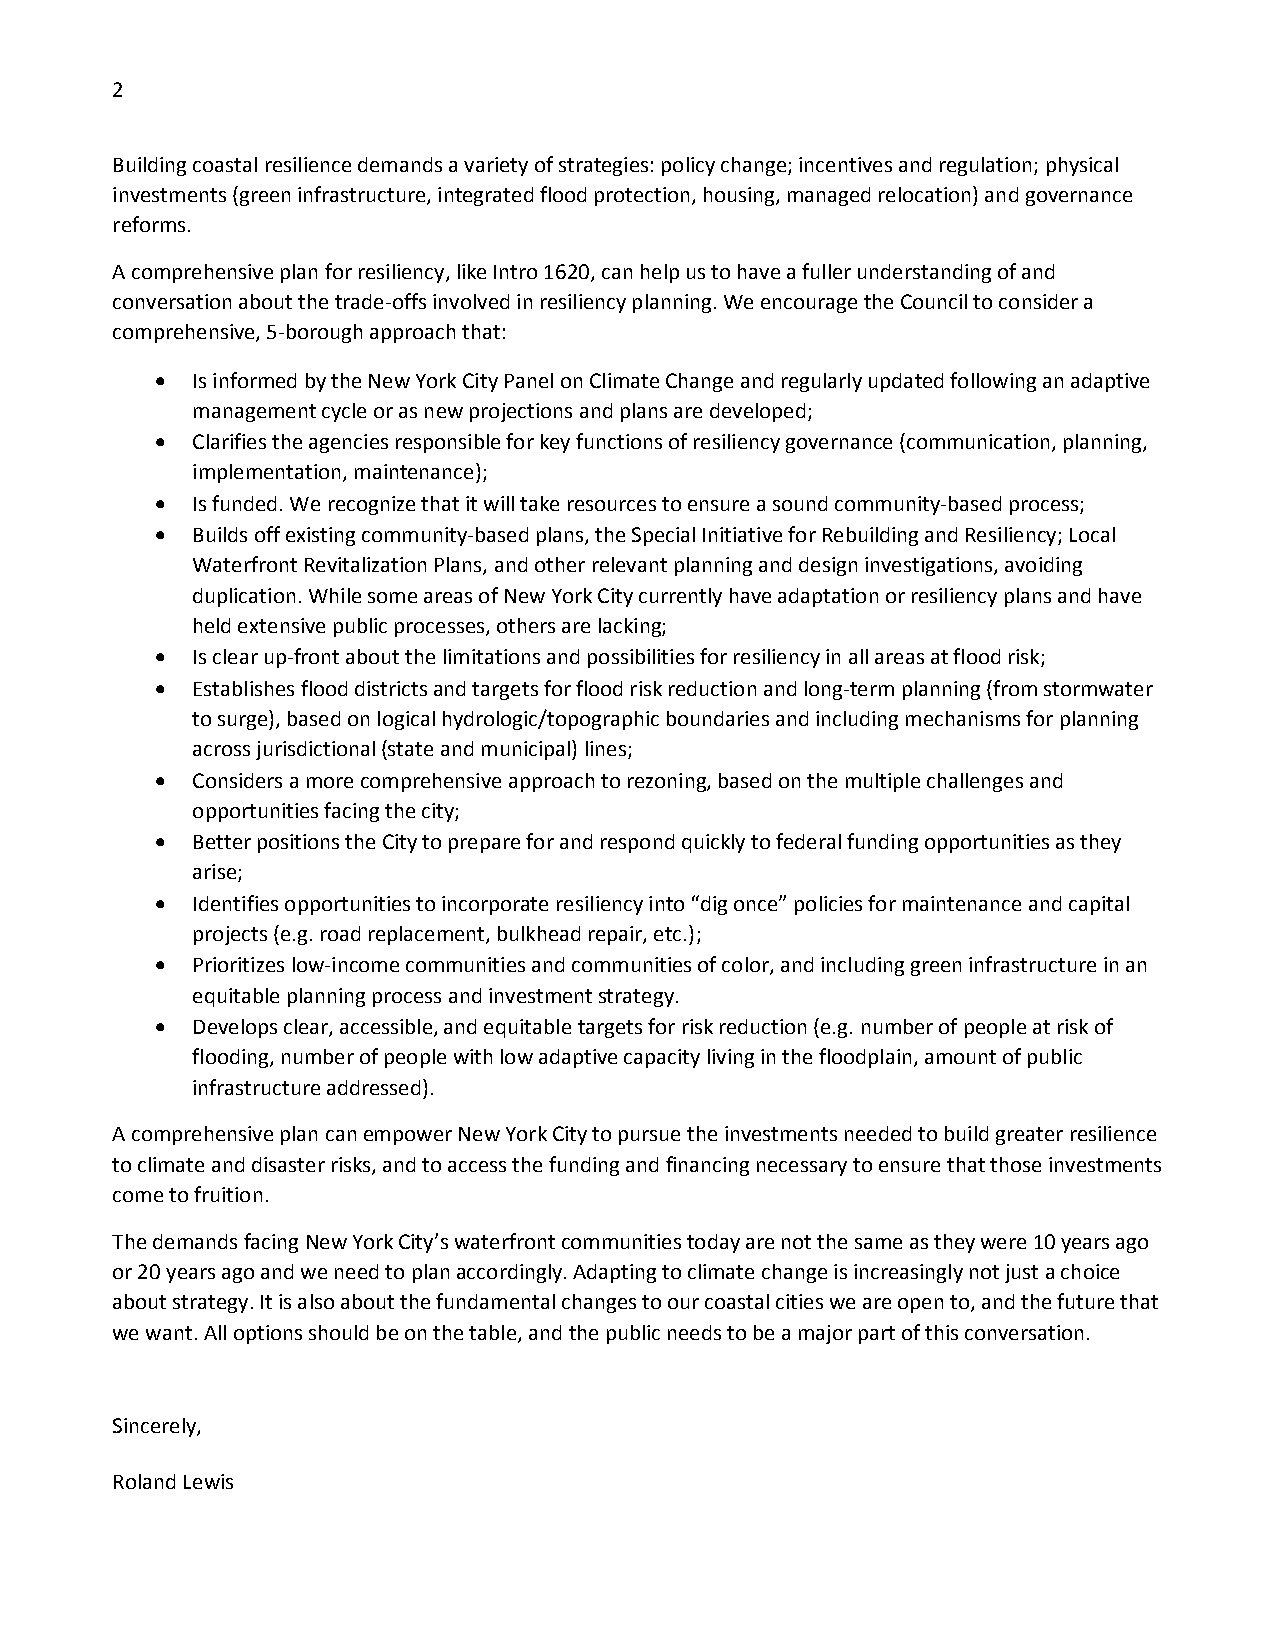
2
 Building coastal resilience demands a variety of strategies: policy change; incentives and regulation; physical
 investments (green infrastructure, integrated flood protection, housing, managed relocation) and governance
 reforms.
 A comprehensive plan for resiliency, like Intro 1620, can help us to have a fuller understanding of and
 conversation about the trade-offs involved in resiliency planning. We encourage the Council to consider a
 comprehensive, 5-borough approach that:
   Is informed by the New York City Panel on Climate Change and regularly updated following an adaptive
 management cycle or as new projections and plans are developed;
   Clarifies the agencies responsible for key functions of resiliency governance (communication, planning,
 implementation, maintenance);
   Is funded. We recognize that it will take resources to ensure a sound community-based process;
   Builds off existing community-based plans, the Special Initiative for Rebuilding and Resiliency; Local
 Waterfront Revitalization Plans, and other relevant planning and design investigations, avoiding
 duplication. While some areas of New York City currently have adaptation or resiliency plans and have
 held extensive public processes, others are lacking;
   Is clear up-front about the limitations and possibilities for resiliency in all areas at flood risk;
   Establishes flood districts and targets for flood risk reduction and long-term planning (from stormwater
 to surge), based on logical hydrologic/topographic boundaries and including mechanisms for planning
 across jurisdictional (state and municipal) lines;
   Considers a more comprehensive approach to rezoning, based on the multiple challenges and
 opportunities facing the city;
   Better positions the City to prepare for and respond quickly to federal funding opportunities as they
 arise;
   Identifies opportunities to incorporate resiliency into “dig once” policies for maintenance and capital
 projects (e.g. road replacement, bulkhead repair, etc.);
   Prioritizes low-income communities and communities of color, and including green infrastructure in an
 equitable planning process and investment strategy.
   Develops clear, accessible, and equitable targets for risk reduction (e.g. number of people at risk of
 flooding, number of people with low adaptive capacity living in the floodplain, amount of public
 infrastructure addressed).
 A comprehensive plan can empower New York City to pursue the investments needed to build greater resilience
 to climate and disaster risks, and to access the funding and financing necessary to ensure that those investments
 come to fruition.
 The demands facing New York City’s waterfront communities today are not the same as they were 10 years ago
 or 20 years ago and we need to plan accordingly. Adapting to climate change is increasingly not just a choice
 about strategy. It is also about the fundamental changes to our coastal cities we are open to, and the future that
 we want. All options should be on the table, and the public needs to be a major part of this conversation.
 Sincerely,
 Roland Lewis